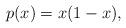
LaTeX: \begin{align*}p(x) = x(1-x),\end{align*}